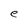
Character: e